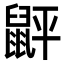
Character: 䶄